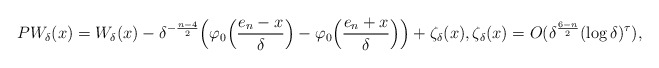
\begin{align*} PW_{\delta}(x)&=W_{\delta}(x)-\delta^{-\frac{n-4}{2}}\Big(\varphi_0\Big(\frac{e_n-x}{\delta}\Big)-\varphi_0\Big(\frac{e_n+x}{\delta}\Big)\Big)+\zeta_\delta(x),\zeta_\delta(x)=O(\delta^{\frac{6-n}{2}}(\log \delta)^\tau),\end{align*}